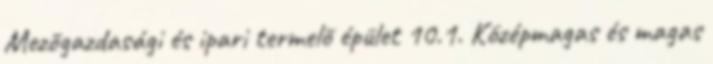
Mezõgazdasági és ipari termelõ épület 10.1. Középmagas és magas